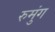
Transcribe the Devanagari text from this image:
रुमुंग